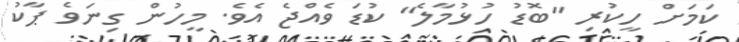
ކަމަށް ހީކުރި "ބޮޑު ހުޅުމާލެ" ކުޑަ ވެއްޖެ އެވެ. މީހުން ގިނަވެ ޕާކު